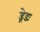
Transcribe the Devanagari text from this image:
ड्रेडः